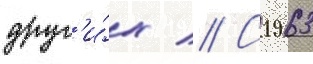
друг'и́х // С 1963